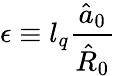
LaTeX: \epsilon\equiv l_{q}\frac{\hat{a}_{0}}{\hat{R}_{0}}